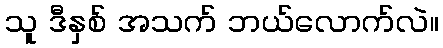
သူ ဒီနှစ် အသက် ဘယ်လောက်လဲ။